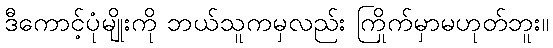
ဒီကောင့်ပုံမျိုးကို ဘယ်သူကမှလည်း ကြိုက်မှာမဟုတ်ဘူး။